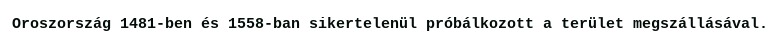
Oroszország 1481-ben és 1558-ban sikertelenül próbálkozott a terület megszállásával.